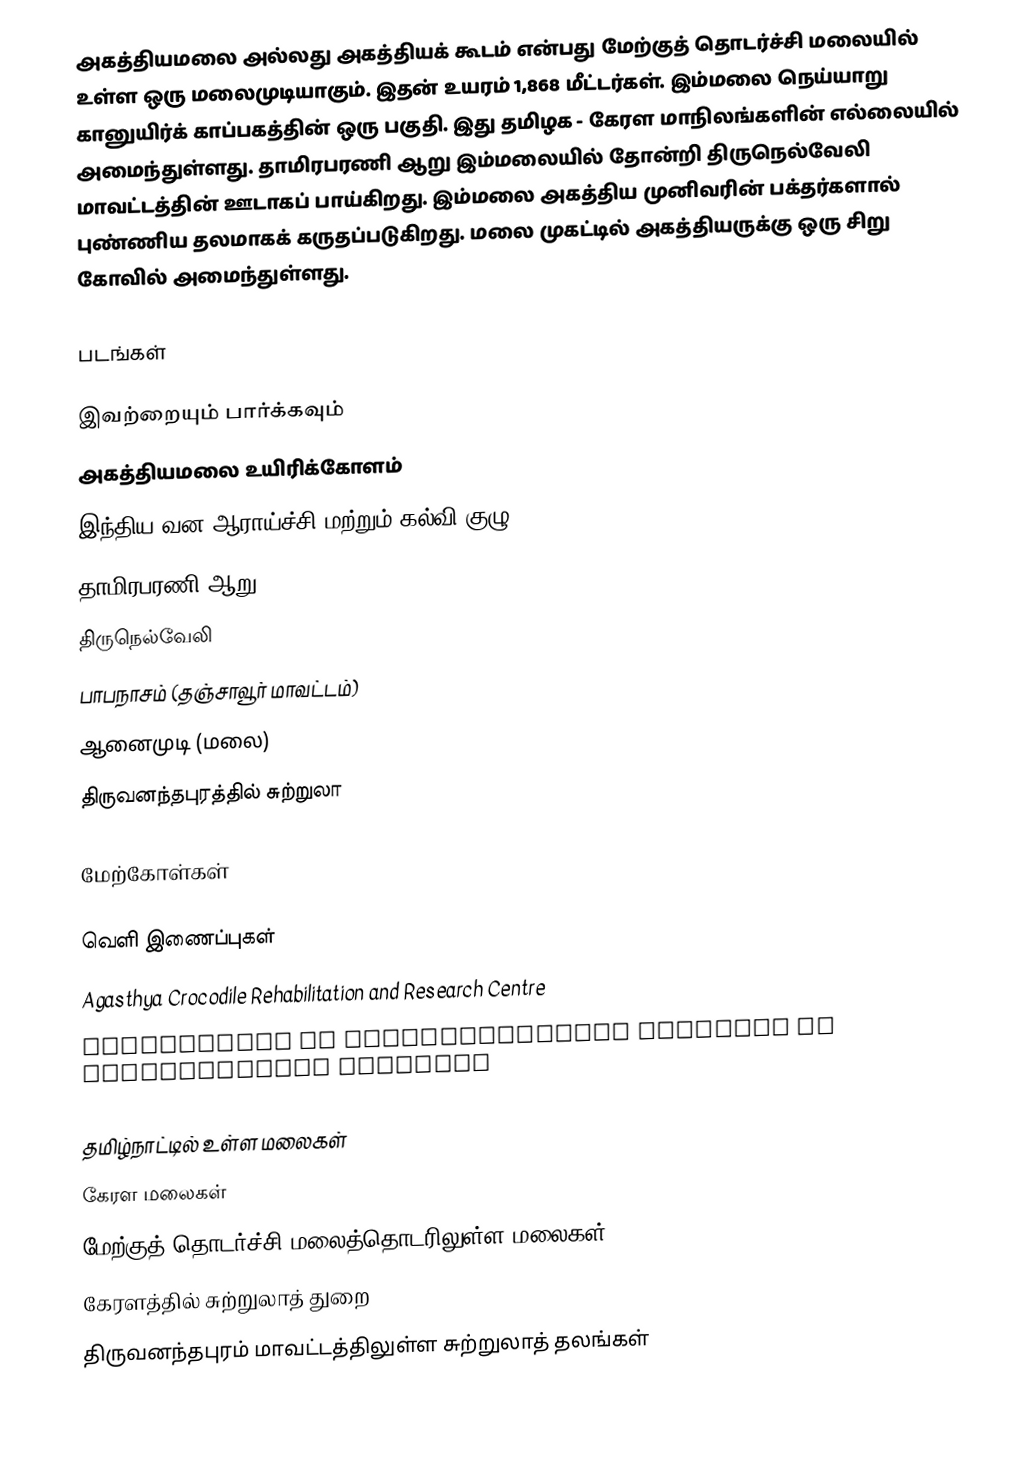
அகத்தியமலை அல்லது அகத்தியக் கூடம் என்பது மேற்குத் தொடர்ச்சி மலையில் உள்ள ஒரு மலைமுடியாகும். இதன் உயரம் 1,868 மீட்டர்கள். இம்மலை நெய்யாறு கானுயிர்க் காப்பகத்தின் ஒரு பகுதி. இது தமிழக - கேரள மாநிலங்களின் எல்லையில் அமைந்துள்ளது. தாமிரபரணி ஆறு இம்மலையில் தோன்றி திருநெல்வேலி மாவட்டத்தின் ஊடாகப் பாய்கிறது. இம்மலை அகத்திய முனிவரின் பக்தர்களால் புண்ணிய தலமாகக் கருதப்படுகிறது. மலை முகட்டில் அகத்தியருக்கு ஒரு சிறு கோவில் அமைந்துள்ளது.

படங்கள்

இவற்றையும் பார்க்கவும்
 அகத்தியமலை உயிரிக்கோளம்
 இந்திய வன ஆராய்ச்சி மற்றும் கல்வி குழு
 தாமிரபரணி ஆறு
 திருநெல்வேலி
 பாபநாசம் (தஞ்சாவூர் மாவட்டம்)
 ஆனைமுடி (மலை)
 திருவனந்தபுரத்தில் சுற்றுலா

மேற்கோள்கள்

வெளி இணைப்புகள்
Agasthya Crocodile Rehabilitation and Research Centre
Information on Agasthyarkoodam Trekking or Agasthyamalai Trekking

தமிழ்நாட்டில் உள்ள மலைகள்
கேரள மலைகள்
மேற்குத் தொடர்ச்சி மலைத்தொடரிலுள்ள மலைகள்
கேரளத்தில் சுற்றுலாத் துறை
திருவனந்தபுரம் மாவட்டத்திலுள்ள சுற்றுலாத் தலங்கள்